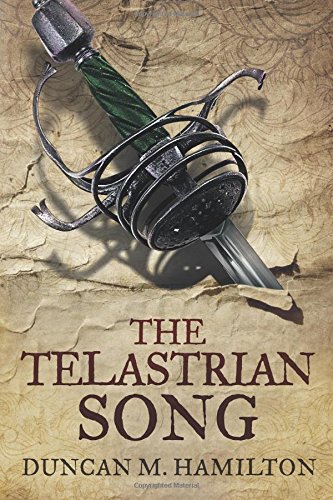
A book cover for The Telastrian Song: Society of the Sword Volume 3; Duncan M. Hamilton; Science Fiction & Fantasy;